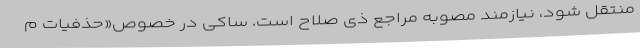
منتقل شود، نیازمند مصوبه مراجع ذی صلاح است. ساکی در خصوص«حذفیات م